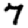
Digit: 7